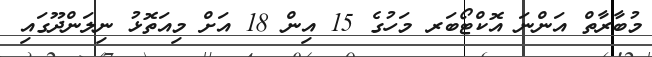
މުބާރާތް އަންނަ އޮކްޓޯބަރ މަހުގެ 15 އިން 18 އަށް މިއަތޮޅު ނިލަންދޫގައި